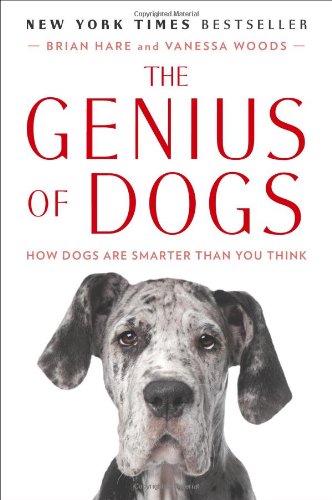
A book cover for The Genius of Dogs: How Dogs Are Smarter Than You Think; Brian Hare; Crafts, Hobbies & Home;